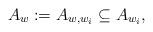
LaTeX: \begin{align*}A_w := A_{w,w_i} \subseteq A_{w_i},\end{align*}